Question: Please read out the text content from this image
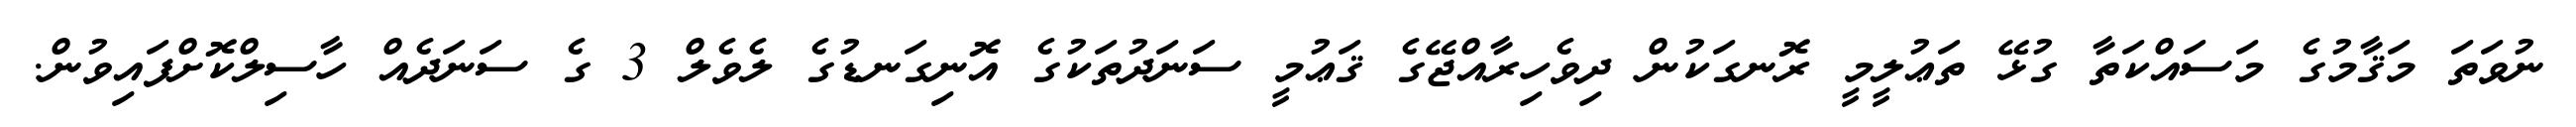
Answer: ނުވަތަ މަޤާމުގެ މަސައްކަތާ ގުޅޭ ތަޢުލީމީ ރޮނގަކުން ދިވެހިރާއްޖޭގެ ޤަޢުމީ ސަނަދުތަކުގެ އޮނިގަނޑުގެ ލެވެލް 3 ގެ ސަނަދެއް ހާސިލްކޮށްފައިވުން.